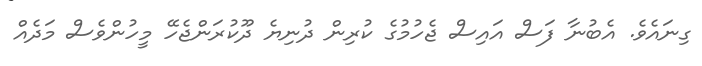
ގިނައެވެ. އެބުނާ ފަސް އައިސް ޖެހުމުގެ ކުރިން ދުނިޔެ ދޫކުރަންޖެހޭ މީހުންވެސް މަދެއް